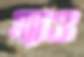
ম্যাও